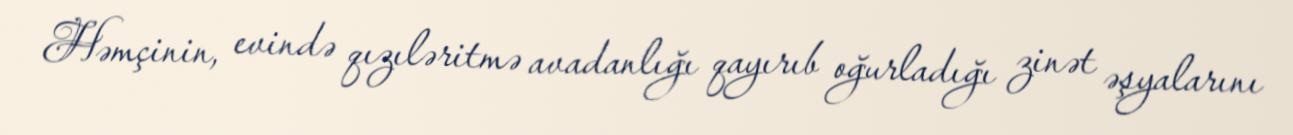
Həmçinin, evində qızıləritmə avadanlığı qayırıb oğurladığı zinət əşyalarını